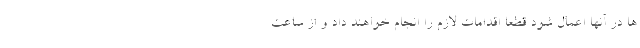
ها در آنها اعمال شود قطعا اقدامات لازم را انجام خواهند داد و از ساعت